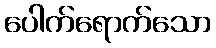
ပေါက်ရောက်သော